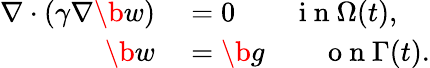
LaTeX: \begin{array}{rl}{\nabla\cdot(\gamma\nabla\b w)}&{{}=0\qquad\mathrm{~i~n~}\Omega(t),}\\ {\b w}&{{}=\b g\qquad\mathrm{~o~n~}\Gamma(t).}\end{array}